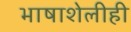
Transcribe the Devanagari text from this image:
भाषाशेलीही